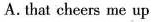
A.that cheers me up